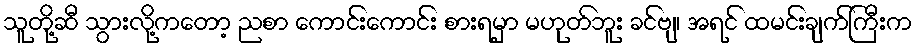
သူတို့ဆီ သွားလို့ကတော့ ညစာ ကောင်းကောင်း စားရမှာ မဟုတ်ဘူး ခင်ဗျ၊ အရင် ထမင်းချက်ကြီးက